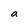
Character: a